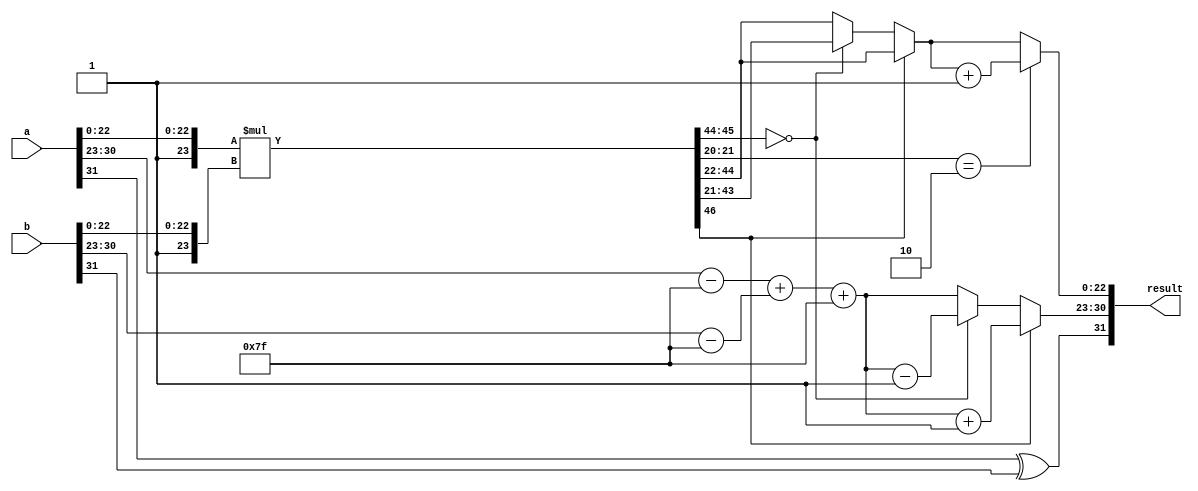
module floating_point_multiplier (
    input  wire [31:0] a,  // First floating-point input
    input  wire [31:0] b,  // Second floating-point input
    output reg  [31:0] result // Resulting floating-point output
);

    // IEEE 754 representation
    wire sign_a = a[31];
    wire sign_b = b[31];
    
    wire [7:0] exponent_a = a[30:23];
    wire [7:0] exponent_b = b[30:23];
    
    wire [23:0] significand_a = {1'b1, a[22:0]}; // Append implicit leading 1
    wire [23:0] significand_b = {1'b1, b[22:0]}; // Append implicit leading 1
    
    // Sign result
    wire sign_result = sign_a ^ sign_b;

    // Exponent calculation
    wire signed [8:0] exp_a = exponent_a - 8'd127; // Adjust exponent
    wire signed [8:0] exp_b = exponent_b - 8'd127;
    wire signed [8:0] exp_result = exp_a + exp_b + 8'd127; // Add bias back

    // Significand multiplication
    wire [46:0] significand_product = significand_a * significand_b; // 24 * 24 = 48 bits

    // Normalization and exponent adjustment
    reg [23:0] significand_normalized;
    reg [7:0] exponent_normalized;

    always @(*) begin
        // Default values
        significand_normalized = 0;
        exponent_normalized = exp_result[7:0];

        // Check normalization
        if (significand_product[46]) begin
            // Product >= 2
            significand_normalized = significand_product[45:22]; // Right shift by 1
            exponent_normalized = exponent_normalized + 1;
        end else if (significand_product[45:44] == 2'b00) begin
            // Product < 1
            significand_normalized = significand_product[44:21]; // Left shift by 1
            exponent_normalized = exponent_normalized - 1;
        end else begin
            significand_normalized = significand_product[45:22]; // No shift needed
        end

        // Rounding (round-to-nearest)
        if (significand_product[21:20] == 2'b10) begin // Check for rounding
            significand_normalized = significand_normalized + 1;
        end
        
        // Prepare the final result
        result = {sign_result, exponent_normalized, significand_normalized[22:0]};
    end

endmodule